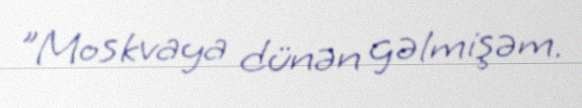
"Moskvaya dünən gəlmişəm.